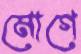
মোগে